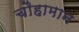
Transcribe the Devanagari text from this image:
चौहामान